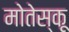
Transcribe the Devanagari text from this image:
मोतेस्कू